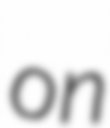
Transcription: on